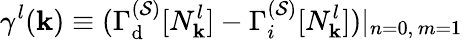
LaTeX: \gamma^{l}({\mathbf k})\equiv(\Gamma_{\mathrm{d}}^{({\cal S})}[N_{\mathbf k}^{l}]-\Gamma_{i}^{({\cal S})}[N_{\mathbf k}^{l}])\vert_{n=0,\, m=1}